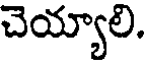
చెయ్యాలి.